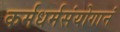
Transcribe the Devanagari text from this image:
कर्मधर्मसंयोगानं